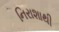
નિરાશાથી